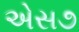
એસ૭